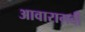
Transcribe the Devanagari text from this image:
आवाराग़र्दी